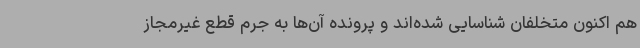
هم اکنون متخلفان شناسایی شده‌اند و پرونده آن‌ها به جرم قطع غیرمجاز